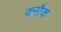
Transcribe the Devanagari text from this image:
क्नौक